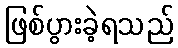
ဖြစ်ပွားခဲ့ရသည်